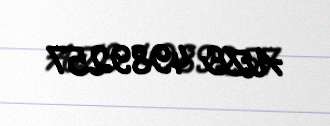
AZE 4989257